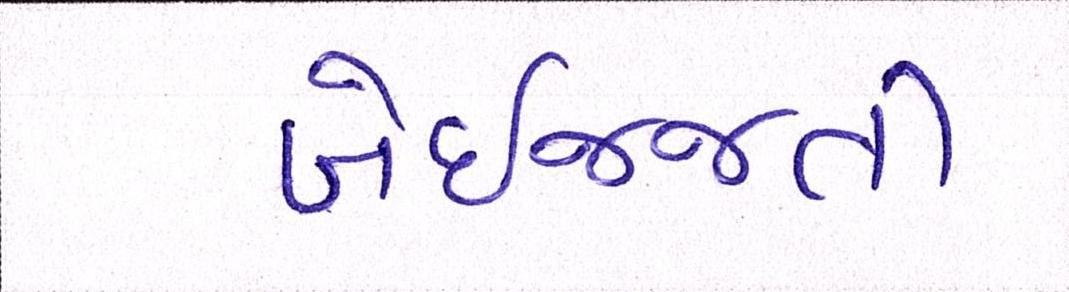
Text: બેઇજ્જતી